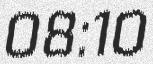
08:10